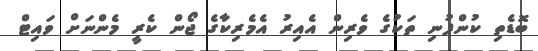
ބޮޑެތި ކުންފުނި ތަކުގެ ވެރިން އެއިރު އެމެރިކާގެ ޖޯން ކެރީ މެންނަށް ވައިޓް